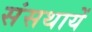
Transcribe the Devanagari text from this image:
संसथायें